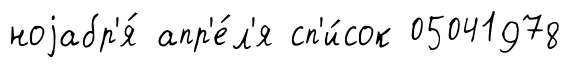
ноjабр'я́ апр'е́л'я сп'и́сок 05041978